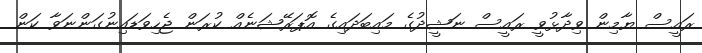
ރައީސް ޔާމިން ވިދާޅުވީ ރައީސް ނަޝީދުގެ މައިބަދައިގެ އޮޕަރޭޝަނެއް ކުރަން ޖެހިވަޑައިނުގަންނަވާ ކަން